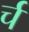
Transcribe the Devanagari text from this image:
र्च